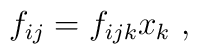
f_{ij}=f_{ijk}x_k\ ,